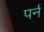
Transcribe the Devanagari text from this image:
पर्न